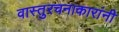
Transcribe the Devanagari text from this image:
वास्तुरचनाकारांनी